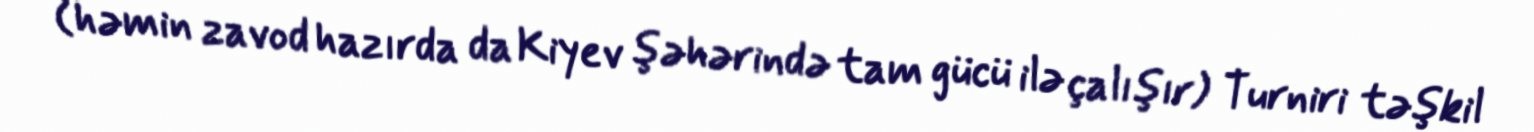
(həmin zavod hazırda da Kiyev şəhərində tam gücü ilə çalışır) Turniri təşkil